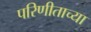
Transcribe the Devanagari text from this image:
परिणीताच्या